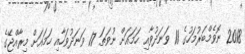
2018 ނޮވެމްބަރުމަހުގެ 11 ވަނަދުވާއި ހަމައަށް ނުވަތަ 17 ވަނަދުވަހާއި ހަމައަށް މިރާއްޖޭގެ